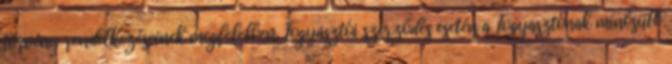
törvény rendelkezéseinek megfelelően. Fogyasztói szerződés esetén a Fogyasztónak minősülő